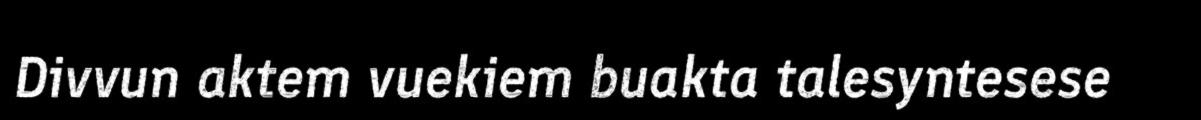
Divvun aktem vuekiem buakta talesyntesese